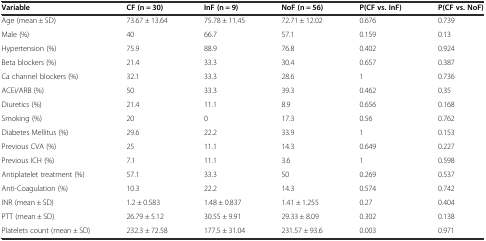
| Variable | CF (n = 30) | InF (n = 9) | NoF (n = 56) | P(CF vs. InF) | P(CF vs. NoF) |
 | --- | --- | --- | --- | --- | --- |
 | Age (mean ± SD) | 73.67 ± 13.64 | 75.78 ± 11.45 | 72.71 ± 12.02 | 0.676 | 0.739 |
 | Male (%) | 40 | 66.7 | 57.1 | 0.159 | 0.13 |
 | Hypertension (%) | 75.9 | 88.9 | 76.8 | 0.402 | 0.924 |
 | Beta blockers (%) | 21.4 | 33.3 | 30.4 | 0.657 | 0.387 |
 | Ca channel blockers (%) | 32.1 | 33.3 | 28.6 | 1 | 0.736 |
 | ACEi/ARB (%) | 50 | 33.3 | 39.3 | 0.462 | 0.35 |
 | Diuretics (%) | 21.4 | 11.1 | 8.9 | 0.656 | 0.168 |
 | Smoking (%) | 20 | 0 | 17.3 | 0.56 | 0.762 |
 | Diabetes Mellitus (%) | 29.6 | 22.2 | 33.9 | 1 | 0.153 |
 | Previous CVA (%) | 25 | 11.1 | 14.3 | 0.649 | 0.227 |
 | Previous ICH (%) | 7.1 | 11.1 | 3.6 | 1 | 0.598 |
 | Antiplatelet treatment (%) | 57.1 | 33.3 | 50 | 0.269 | 0.537 |
 | Anti-Coagulation (%) | 10.3 | 22.2 | 14.3 | 0.574 | 0.742 |
 | INR (mean ± SD) | 1.2 ± 0.583 | 1.48 ± 0.837 | 1.41 ± 1.255 | 0.27 | 0.404 |
 | PTT (mean ± SD) | 26.79 ± 5.12 | 30.55 ± 9.91 | 29.33 ± 8.09 | 0.302 | 0.138 |
 | Platelets count (mean ± SD) | 232.3 ± 72.58 | 177.5 ± 31.04 | 231.57 ± 93.6 | 0.003 | 0.971 |